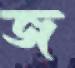
জ